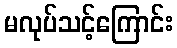
မလုပ်သင့်ကြောင်း